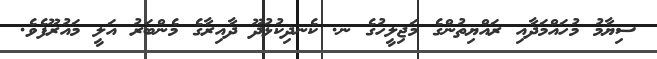
ސިޔާމު މުހައްމަދާއި ރައްޔިތުންގެ މަޖިލީހުގެ ނ. ކެނދިކުޅުދޫ ދާއިރާގެ މެންބަރު އަލީ މައުރޫފެވެ.